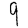
Digit: 9